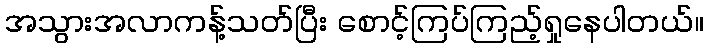
အသွားအလာကန့်သတ်ပြီး စောင့်ကြပ်ကြည့်ရှုနေပါတယ်။